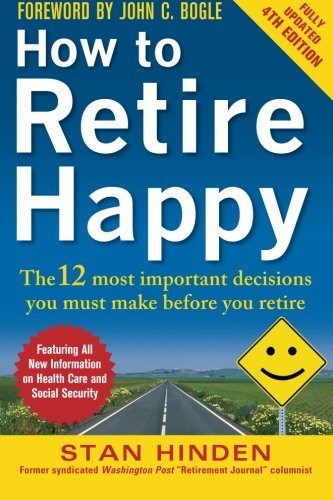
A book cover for How to Retire Happy, Fourth Edition: The 12 Most Important Decisions You Must Make Before You Retire; Stan Hinden; Health, Fitness & Dieting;